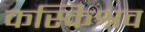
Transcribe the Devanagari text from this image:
कस्किश्रव